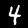
Digit: 4